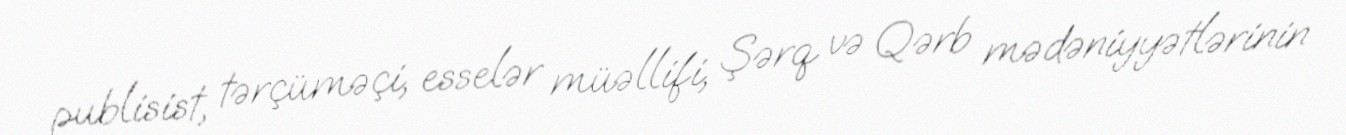
publisist, tərçüməçi, esselər müəllifi, Şərq və Qərb mədəniyyətlərinin